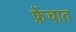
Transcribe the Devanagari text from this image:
फ्रेंचात